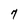
Character: 7